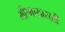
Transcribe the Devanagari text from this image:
भीष्मासारखी